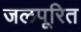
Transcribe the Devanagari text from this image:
जलपूरित